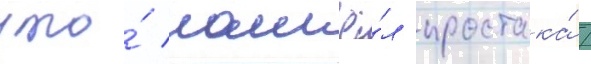
что́ нашё́л простака́ /